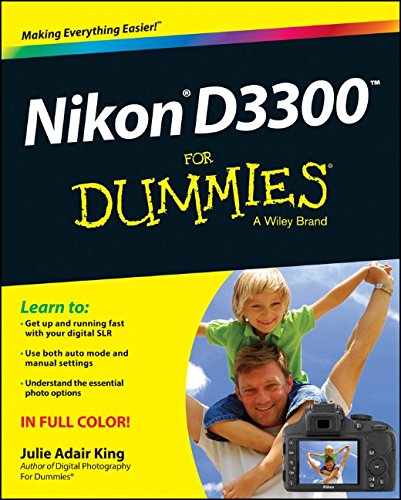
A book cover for Nikon D3300 For Dummies; Julie Adair King; Arts & Photography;